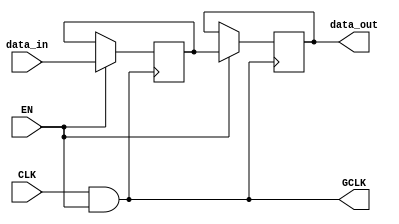
module clock_gating_memory_block (
    input wire CLK,         // Primary clock signal
    input wire EN,          // Enable signal
    output wire GCLK,      // Gated clock output
    input wire [7:0] data_in, // Data input for the memory block
    output reg [7:0] data_out // Data output from the memory block
);
    
    // AND gate for clock gating
    assign GCLK = CLK & EN;

    // Memory block (example: simple register array)
    reg [7:0] memory [0:255]; // 256 x 8-bit memory

    // Memory read and write operations
    always @(posedge GCLK) begin
        if (EN) begin
            // Example: Write operation
            memory[0] <= data_in; // Write data to memory at address 0
            // Example: Read operation
            data_out <= memory[0]; // Read data from memory at address 0
        end
    end

endmodule